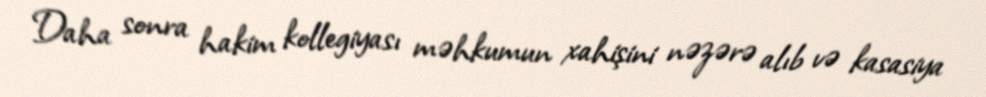
Daha sonra hakim kollegiyası məhkumun xahişini nəzərə alıb və kasasiya